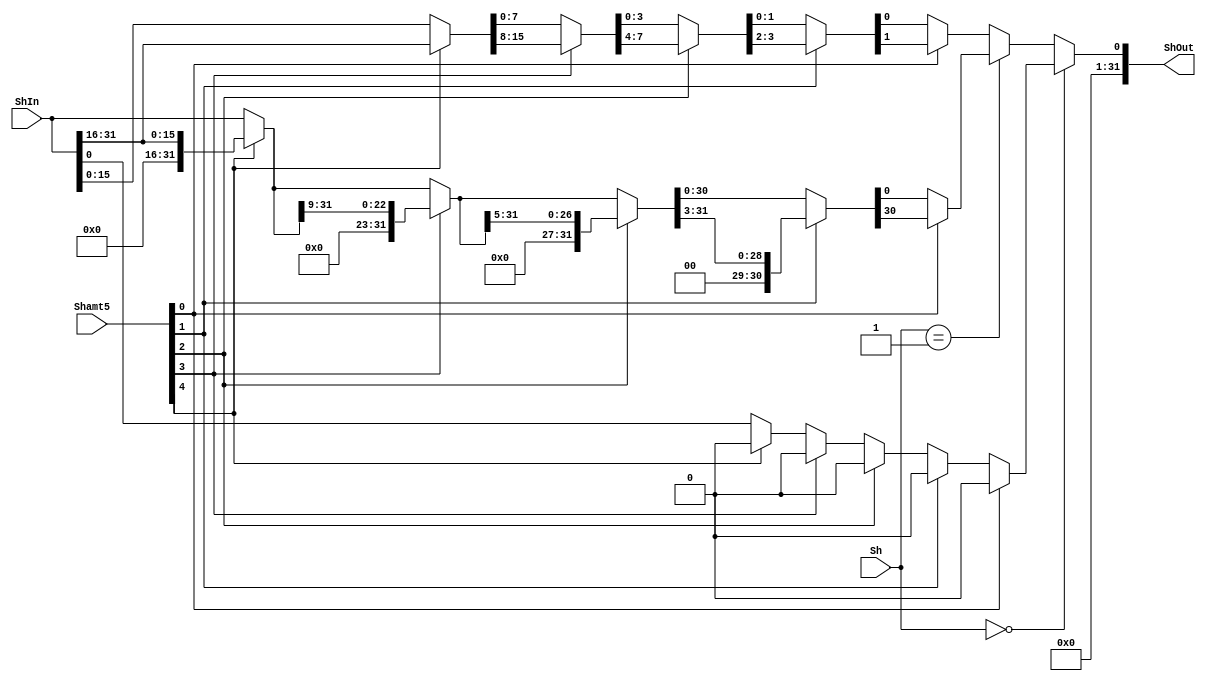
module Shifter(
    input [1:0] Sh,
    input [4:0] Shamt5,
    input [31:0] ShIn,
    
    output [31:0] ShOut
    );


// reg [31:0] shOutLSL;
// reg [31:0] shOutLSR;
// reg [31:0] shOutASR;
// reg [31:0] shOutROR;

reg [31:0] A;
reg [31:0] B;
reg [31:0] C;
reg [31:0] D;
reg out;

always@(*)begin
  if(Sh==00)begin
    if(Shamt5[4])begin
        A = {ShIn[15:0],16'b0};
    end
    else begin
        A = ShIn;
    end

    if(Shamt5[3])begin
        B = {A[23:0],8'b0};
    end
    else begin
        B = A;
    end

    if(Shamt5[2])begin
        C = {B[27:0],4'b0};
    end
    else begin
        C = B;
    end

    if(Shamt5[1])begin
        D = {C[29:0],2'b0};
    end
    else begin
        D = C;
    end

    if(Shamt5[0])begin
        out = {D[30:0],1'b0};
    end
    else begin
        out = D;
    end
  end
  else if(Sh==01)begin
    if(Shamt5[4])begin
        A = {16'b0,ShIn[31:16]};
    end
    else begin
        A = ShIn;
    end

    if(Shamt5[3])begin
        B = {8'b0,A[31:9]};
    end
    else begin
        B = A;
    end

    if(Shamt5[2])begin
        C = {4'b0,B[31:5]};
    end
    else begin
        C = B;
    end

    if(Shamt5[1])begin
        D = {2'b0,C[31:3]};
    end
    else begin
        D = C;
    end

    if(Shamt5[0])begin
        out = {1'b0,D[31:30]};
    end
    else begin
        out = D;
    end
  end
  else if(Sh==10)begin
    if(Shamt5[4])begin
        A = {ShIn[31],15'b0,ShIn[31:16]};
    end
    else begin
        A = ShIn;
    end

    if(Shamt5[3])begin
        B = {ShIn[31],7'b0,A[31:8]};
    end
    else begin
        B = A;
    end

    if(Shamt5[2])begin
        C = {ShIn[31],3'b0,B[31:4]};
    end
    else begin
        C = B;
    end

    if(Shamt5[1])begin
        D = {ShIn[31],1'b0,C[31:2]};
    end
    else begin
        D = C;
    end

    if(Shamt5[0])begin
        out = {ShIn[31],D[31:1]};
    end
    else begin
        out = D;
    end
  end
  else begin
    if(Shamt5[4])begin
        A = {ShIn[15:0],ShIn[31:16]};
    end
    else begin
        A = ShIn;
    end

    if(Shamt5[3])begin
        B = {ShIn[7:0],A[31:8]};
    end
    else begin
        B = A;
    end

    if(Shamt5[2])begin
        C = {ShIn[3:0],B[31:4]};
    end
    else begin
        C = B;
    end

    if(Shamt5[1])begin
        D = {ShIn[1:0],C[31:2]};
    end
    else begin
        D = C;
    end

    if(Shamt5[0])begin
        out = {ShIn[0],D[31:1]};
    end
    else begin
        out = D;
    end
  end
end

assign ShOut = out;



endmodule